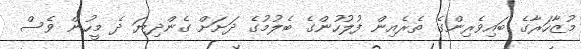
މުޒާހަރާގެ ބައިވެރިންގެ ތެރެއިން ފުލުހުންގެ ބެލުމުގެ ދަށަށް ގެންދިޔަ ދެ މީހުން ވެސް